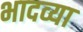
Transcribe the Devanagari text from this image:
भादव्या